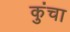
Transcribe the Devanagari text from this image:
कुंचा